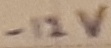
Text: -12V